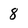
Character: 8